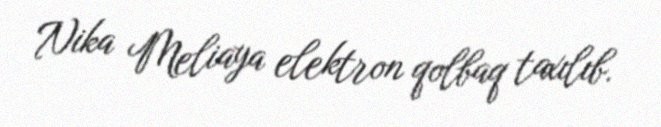
Nika Meliaya elektron qolbaq taxılıb.